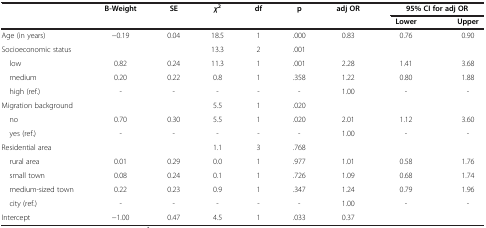
| <ROWSPAN=2>  | <ROWSPAN=2> B-Weight | <ROWSPAN=2> SE | <ROWSPAN=2> χ2 | <ROWSPAN=2> df | <ROWSPAN=2> p | <ROWSPAN=2> adj OR | <COLSPAN=2> 95% CI for adj OR |
 | Lower | Upper |
 | --- | --- | --- | --- | --- | --- | --- | --- | --- |
 | Age (in years) | −0.19 | 0.04 | 18.5 | 1 | .000 | 0.83 | 0.76 | 0.90 |
 | Socioeconomic status |  |  | 13.3 | 2 | .001 |  |  |  |
 | low | 0.82 | 0.24 | 11.3 | 1 | .001 | 2.28 | 1.41 | 3.68 |
 | medium | 0.20 | 0.22 | 0.8 | 1 | .358 | 1.22 | 0.80 | 1.88 |
 | high (ref.) | - | - | - | - | - | 1.00 | - | - |
 | Migration background |  |  | 5.5 | 1 | .020 |  |  |  |
 | no | 0.70 | 0.30 | 5.5 | 1 | .020 | 2.01 | 1.12 | 3.60 |
 | yes (ref.) | - | - | - | - | - | 1.00 | - | - |
 | Residential area |  |  | 1.1 | 3 | .768 |  |  |  |
 | rural area | 0.01 | 0.29 | 0.0 | 1 | .977 | 1.01 | 0.58 | 1.76 |
 | small town | 0.08 | 0.24 | 0.1 | 1 | .726 | 1.09 | 0.68 | 1.74 |
 | medium-sized town | 0.22 | 0.23 | 0.9 | 1 | .347 | 1.24 | 0.79 | 1.96 |
 | city (ref.) | - | - | - | - | - | 1.00 | - | - |
 | Intercept | −1.00 | 0.47 | 4.5 | 1 | .033 | 0.37 |  |  |